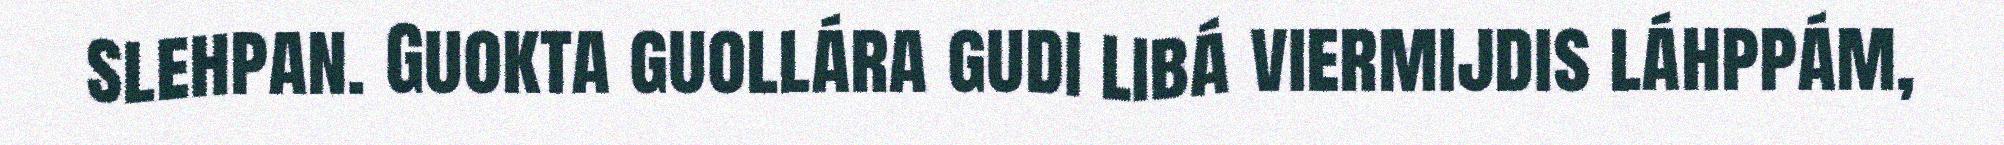
slehpan. Guokta guollára gudi libá viermijdis láhppám,